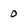
Character: 0